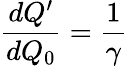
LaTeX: \frac{dQ^{\prime}}{dQ_{0}}=\frac{1}{\gamma}